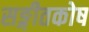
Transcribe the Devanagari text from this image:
सङ्गीतकोष